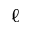
\ell